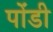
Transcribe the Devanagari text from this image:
पोंडी